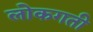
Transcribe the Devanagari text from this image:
लोकगती